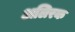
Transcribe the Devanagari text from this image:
अलिरक